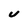
Character: U